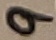
Text: 9